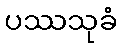
ပဿသုခံ